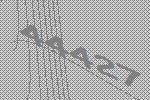
44427